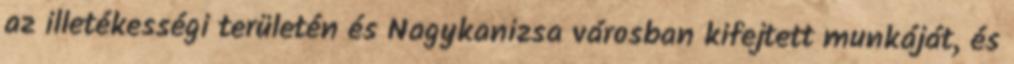
az illetékességi területén és Nagykanizsa városban kifejtett munkáját, és